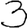
Digit: 3